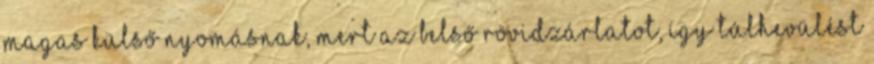
magas külső nyomásnak, mert az belső rövidzárlatot, így túlhevülést